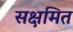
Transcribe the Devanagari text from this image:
सक्षमित